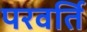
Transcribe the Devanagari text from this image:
परवर्ति